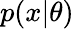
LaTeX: p(x|\theta)